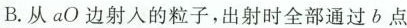
B.从aO边射入的粒子，出射时全部通过b点